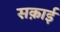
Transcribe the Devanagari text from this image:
सक़ाई